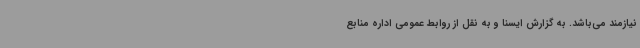
نیازمند می‌باشد. به گزارش ایسنا و به نقل از روابط عمومی اداره منابع